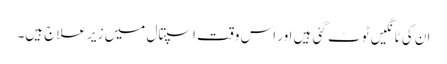
ان کی ٹانگیں ٹوٹ گئی ہیں اور اس وقت اسپتال میں زیر علاج ہیں۔